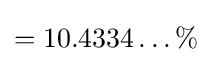
=10.4334\ldots \%